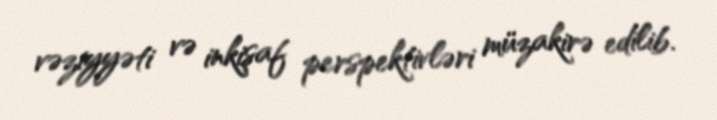
vəziyyəti və inkişaf perspektivləri müzakirə edilib.